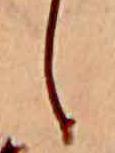
し